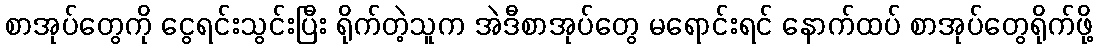
စာအုပ်တွေကို ငွေရင်းသွင်းပြီး ရိုက်တဲ့သူက အဲဒီစာအုပ်တွေ မရောင်းရင် နောက်ထပ် စာအုပ်တွေရိုက်ဖို့